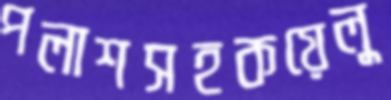
পলাশসহকয়েলু